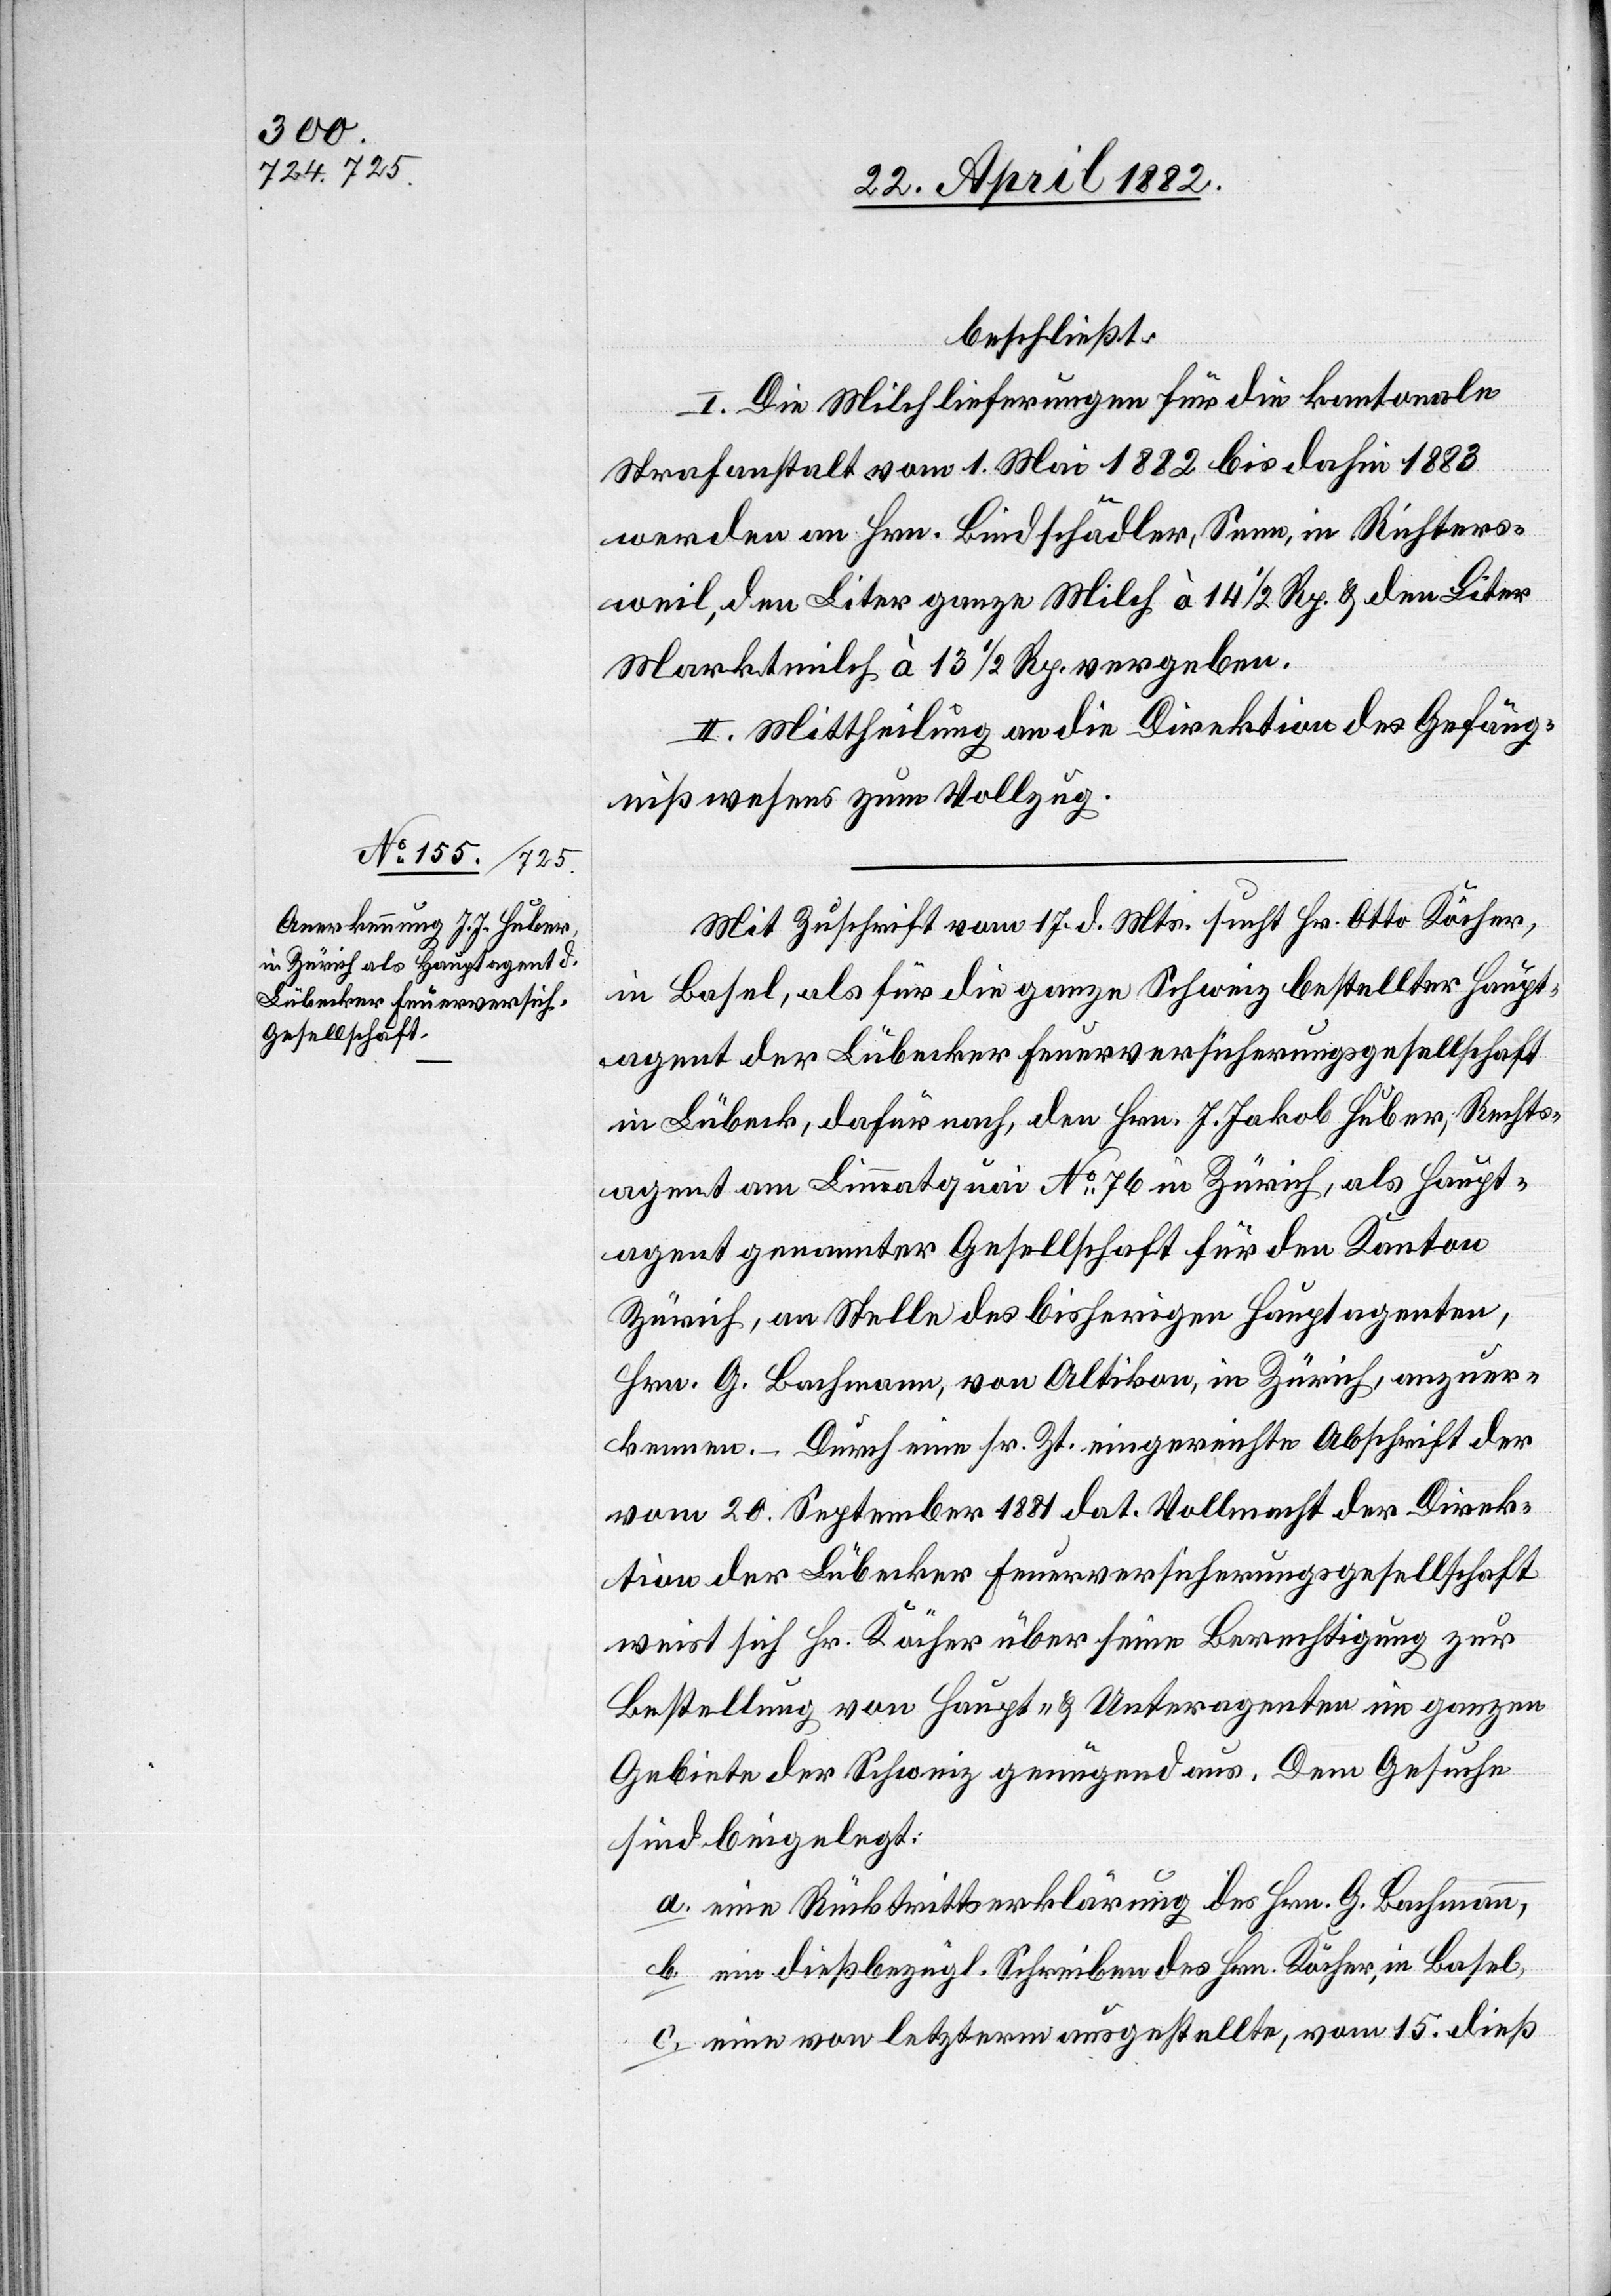
beschließt:
I. Die Milchlieferungen für die kantonale
Strafanstalt vom 1. Mai 1882 bis dahin 1883
werden an Hrn. Bindschädler, Seen, in Richters¬
weil, den Liter ganze Milch à 14 1/2 Rp. & den Liter
Marktmilch à 13 1/2 Rp. vergeben.
II. Mittheilung an die Direktion des Gefäng¬
nißwesens zum Vollzug.
Mit Zuschrift vom 17. d. Mts. sucht Hr. Otto Köcher,
in Basel, als für die ganze Schweiz bestellter Haupt¬
agent der Lübecker Feuerversicherungsgesellschaft
in Lübeck, dafür nach, den Hrn. J. Jakob Huber, Rechts¬
agent am Limmatquai No 76 in Zürich, als Haupt¬
agent genannter Gesellschaft für den Kanton
Zürich, an Stelle des bisherigen Hauptagenten,
Hrn. G. Bachmann, von Altikon, in Zürich, anzuer¬
kennen. – Durch eine sr. Zt. eingereichte Abschrift der
vom 20. September 1881 dat. Vollmacht der Direk¬
tion der Lübecker Feuerversicherungsgesellschaft
weist sich Hr. Köcher über seine Berechtigung zur
Bestellung von Haupt- & Unteragenten im ganzen
Gebiete der Schweiz genügend aus. Dem Gesuche
sind beigelegt:
a. eine Rücktrittserklärung des Hrn. G. Bachmann,
b. ein dießbezügl. Schreiben des Hrn. Köcher, in Basel,
c. eine von letzterm ausgestellte, vom 15. dieß